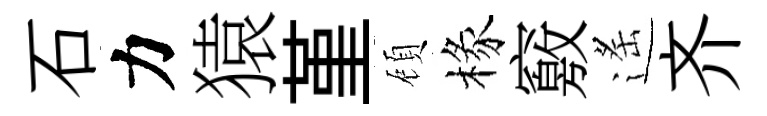
石力猿堇頋椽竅遙齐